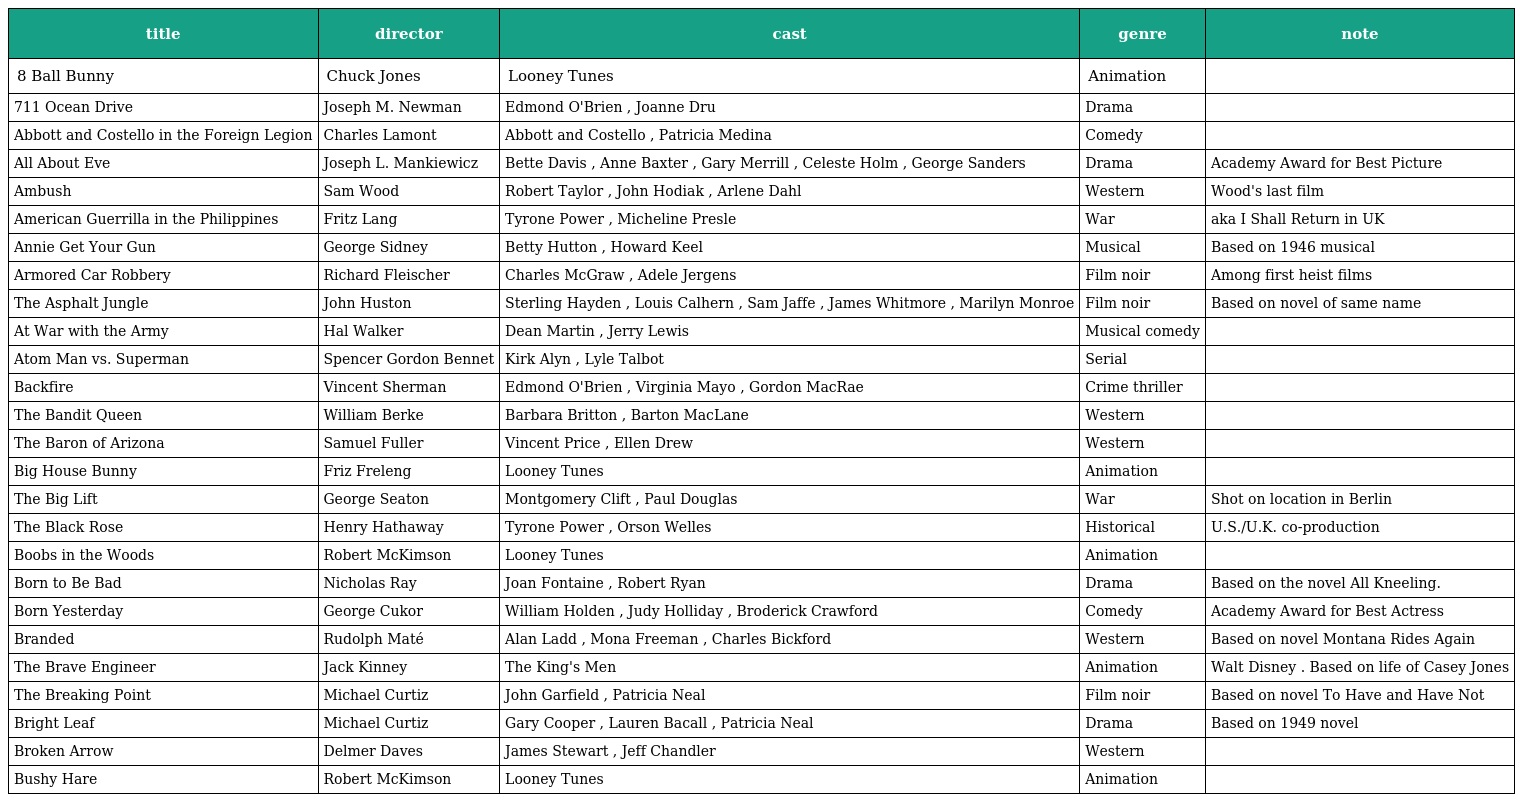
| title | director | cast | genre | note |
 | --- | --- | --- | --- | --- |
 | 8 Ball Bunny | Chuck Jones | Looney Tunes | Animation |  |
 | 711 Ocean Drive | Joseph M. Newman | Edmond O'Brien , Joanne Dru | Drama |  |
 | Abbott and Costello in the Foreign Legion | Charles Lamont | Abbott and Costello , Patricia Medina | Comedy |  |
 | All About Eve | Joseph L. Mankiewicz | Bette Davis , Anne Baxter , Gary Merrill , Celeste Holm , George Sanders | Drama | Academy Award for Best Picture |
 | Ambush | Sam Wood | Robert Taylor , John Hodiak , Arlene Dahl | Western | Wood's last film |
 | American Guerrilla in the Philippines | Fritz Lang | Tyrone Power , Micheline Presle | War | aka I Shall Return in UK |
 | Annie Get Your Gun | George Sidney | Betty Hutton , Howard Keel | Musical | Based on 1946 musical |
 | Armored Car Robbery | Richard Fleischer | Charles McGraw , Adele Jergens | Film noir | Among first heist films |
 | The Asphalt Jungle | John Huston | Sterling Hayden , Louis Calhern , Sam Jaffe , James Whitmore , Marilyn Monroe | Film noir | Based on novel of same name |
 | At War with the Army | Hal Walker | Dean Martin , Jerry Lewis | Musical comedy |  |
 | Atom Man vs. Superman | Spencer Gordon Bennet | Kirk Alyn , Lyle Talbot | Serial |  |
 | Backfire | Vincent Sherman | Edmond O'Brien , Virginia Mayo , Gordon MacRae | Crime thriller |  |
 | The Bandit Queen | William Berke | Barbara Britton , Barton MacLane | Western |  |
 | The Baron of Arizona | Samuel Fuller | Vincent Price , Ellen Drew | Western |  |
 | Big House Bunny | Friz Freleng | Looney Tunes | Animation |  |
 | The Big Lift | George Seaton | Montgomery Clift , Paul Douglas | War | Shot on location in Berlin |
 | The Black Rose | Henry Hathaway | Tyrone Power , Orson Welles | Historical | U.S./U.K. co-production |
 | Boobs in the Woods | Robert McKimson | Looney Tunes | Animation |  |
 | Born to Be Bad | Nicholas Ray | Joan Fontaine , Robert Ryan | Drama | Based on the novel All Kneeling. |
 | Born Yesterday | George Cukor | William Holden , Judy Holliday , Broderick Crawford | Comedy | Academy Award for Best Actress |
 | Branded | Rudolph Maté | Alan Ladd , Mona Freeman , Charles Bickford | Western | Based on novel Montana Rides Again |
 | The Brave Engineer | Jack Kinney | The King's Men | Animation | Walt Disney . Based on life of Casey Jones |
 | The Breaking Point | Michael Curtiz | John Garfield , Patricia Neal | Film noir | Based on novel To Have and Have Not |
 | Bright Leaf | Michael Curtiz | Gary Cooper , Lauren Bacall , Patricia Neal | Drama | Based on 1949 novel |
 | Broken Arrow | Delmer Daves | James Stewart , Jeff Chandler | Western |  |
 | Bushy Hare | Robert McKimson | Looney Tunes | Animation |  |